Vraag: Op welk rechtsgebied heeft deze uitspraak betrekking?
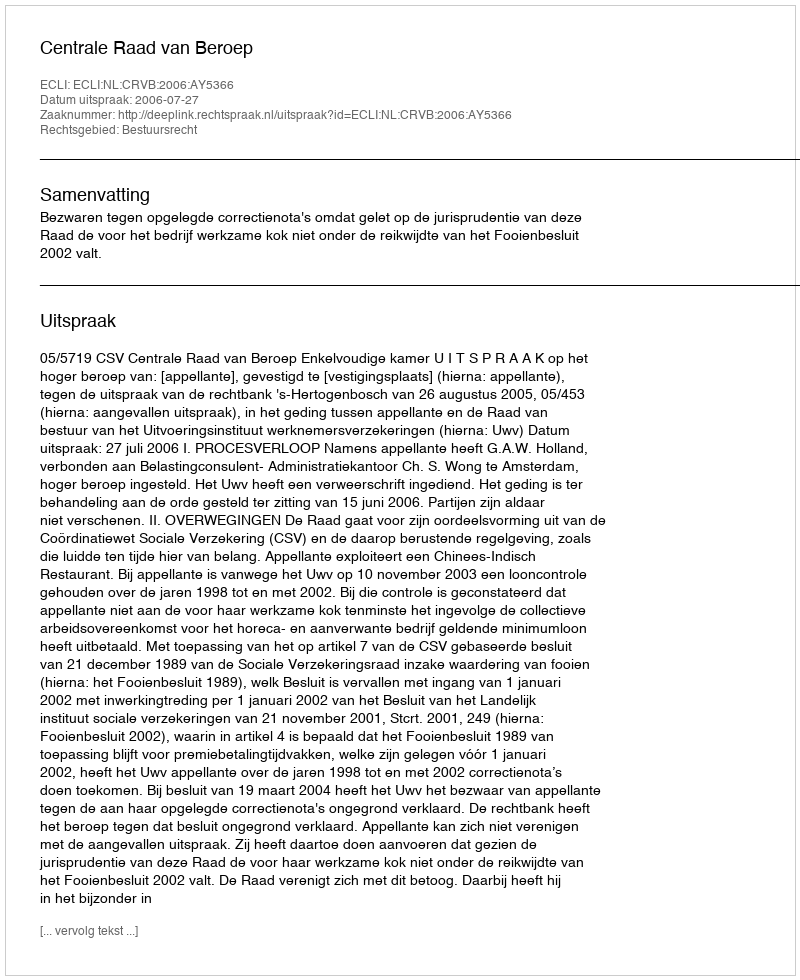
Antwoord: Bestuursrecht